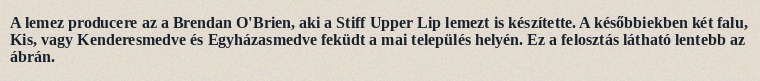
A lemez producere az a Brendan O'Brien, aki a Stiff Upper Lip lemezt is készítette. A későbbiekben két falu, Kis, vagy Kenderesmedve és Egyházasmedve feküdt a mai település helyén. Ez a felosztás látható lentebb az ábrán.